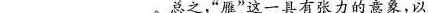
___。总之，”雁”这一具有张力的意象，以